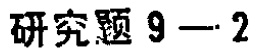
研究题 9—2